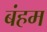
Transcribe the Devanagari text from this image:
बंहम